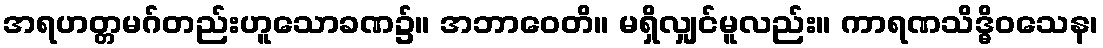
အရဟတ္တမဂ်တည်းဟူသောခဏ၌။ အဘာဝေတိ။ မရှိလျှင်မူလည်း။ ကာရဏသိဒ္ဓိဝသေန၊